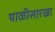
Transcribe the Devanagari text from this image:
थाळीसारखा